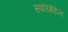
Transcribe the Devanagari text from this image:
स्परिमेंटेल